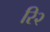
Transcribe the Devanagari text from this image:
रि२